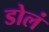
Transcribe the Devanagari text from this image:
डोलं